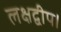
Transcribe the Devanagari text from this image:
लक्षद्वीप।